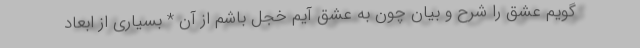
گویم عشق را شرح و بیان چون به عشق آیم خجل باشم از آن * بسیاری از ابعاد